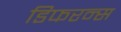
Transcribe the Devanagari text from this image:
डिफरन्स